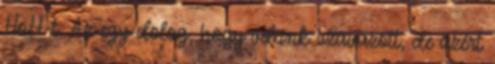
HoH-t. Az egy dolog, hogy velünk szavazott, de azért